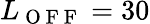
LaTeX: L_{\mathrm{~O~F~F~}}=30